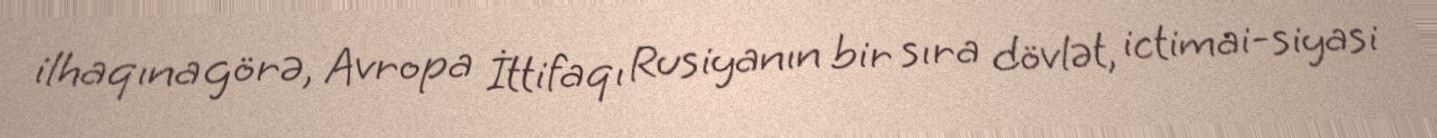
ilhaqına görə, Avropa İttifaqı Rusiyanın bir sıra dövlət, ictimai-siyasi